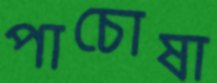
পাচোষা